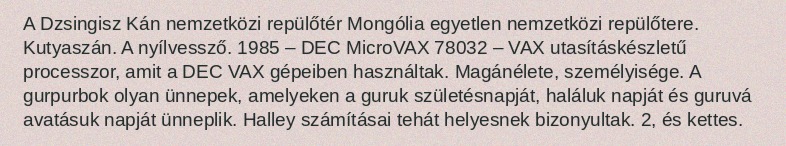
A Dzsingisz Kán nemzetközi repülőtér Mongólia egyetlen nemzetközi repülőtere. Kutyaszán. A nyílvessző. 1985 – DEC MicroVAX 78032 – VAX utasításkészletű processzor, amit a DEC VAX gépeiben használtak. Magánélete, személyisége. A gurpurbok olyan ünnepek, amelyeken a guruk születésnapját, haláluk napját és guruvá avatásuk napját ünneplik. Halley számításai tehát helyesnek bizonyultak. 2, és kettes.